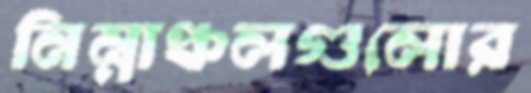
নিম্নাঞ্চলগুলোর